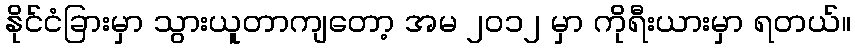
နိုင်ငံခြားမှာ သွားယူတာကျတော့ အမ ၂၀၁၂ မှာ ကိုရီးယားမှာ ရတယ်။